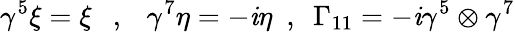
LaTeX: \gamma^{5}\xi=\xi~~~,~~~\gamma^{7}\eta=-\mathit{i}\eta~~,~~\Gamma_{11}=-\mathit{i}\gamma^{5}\otimes\gamma^{7}